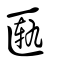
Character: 匭